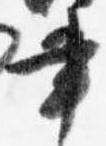
書